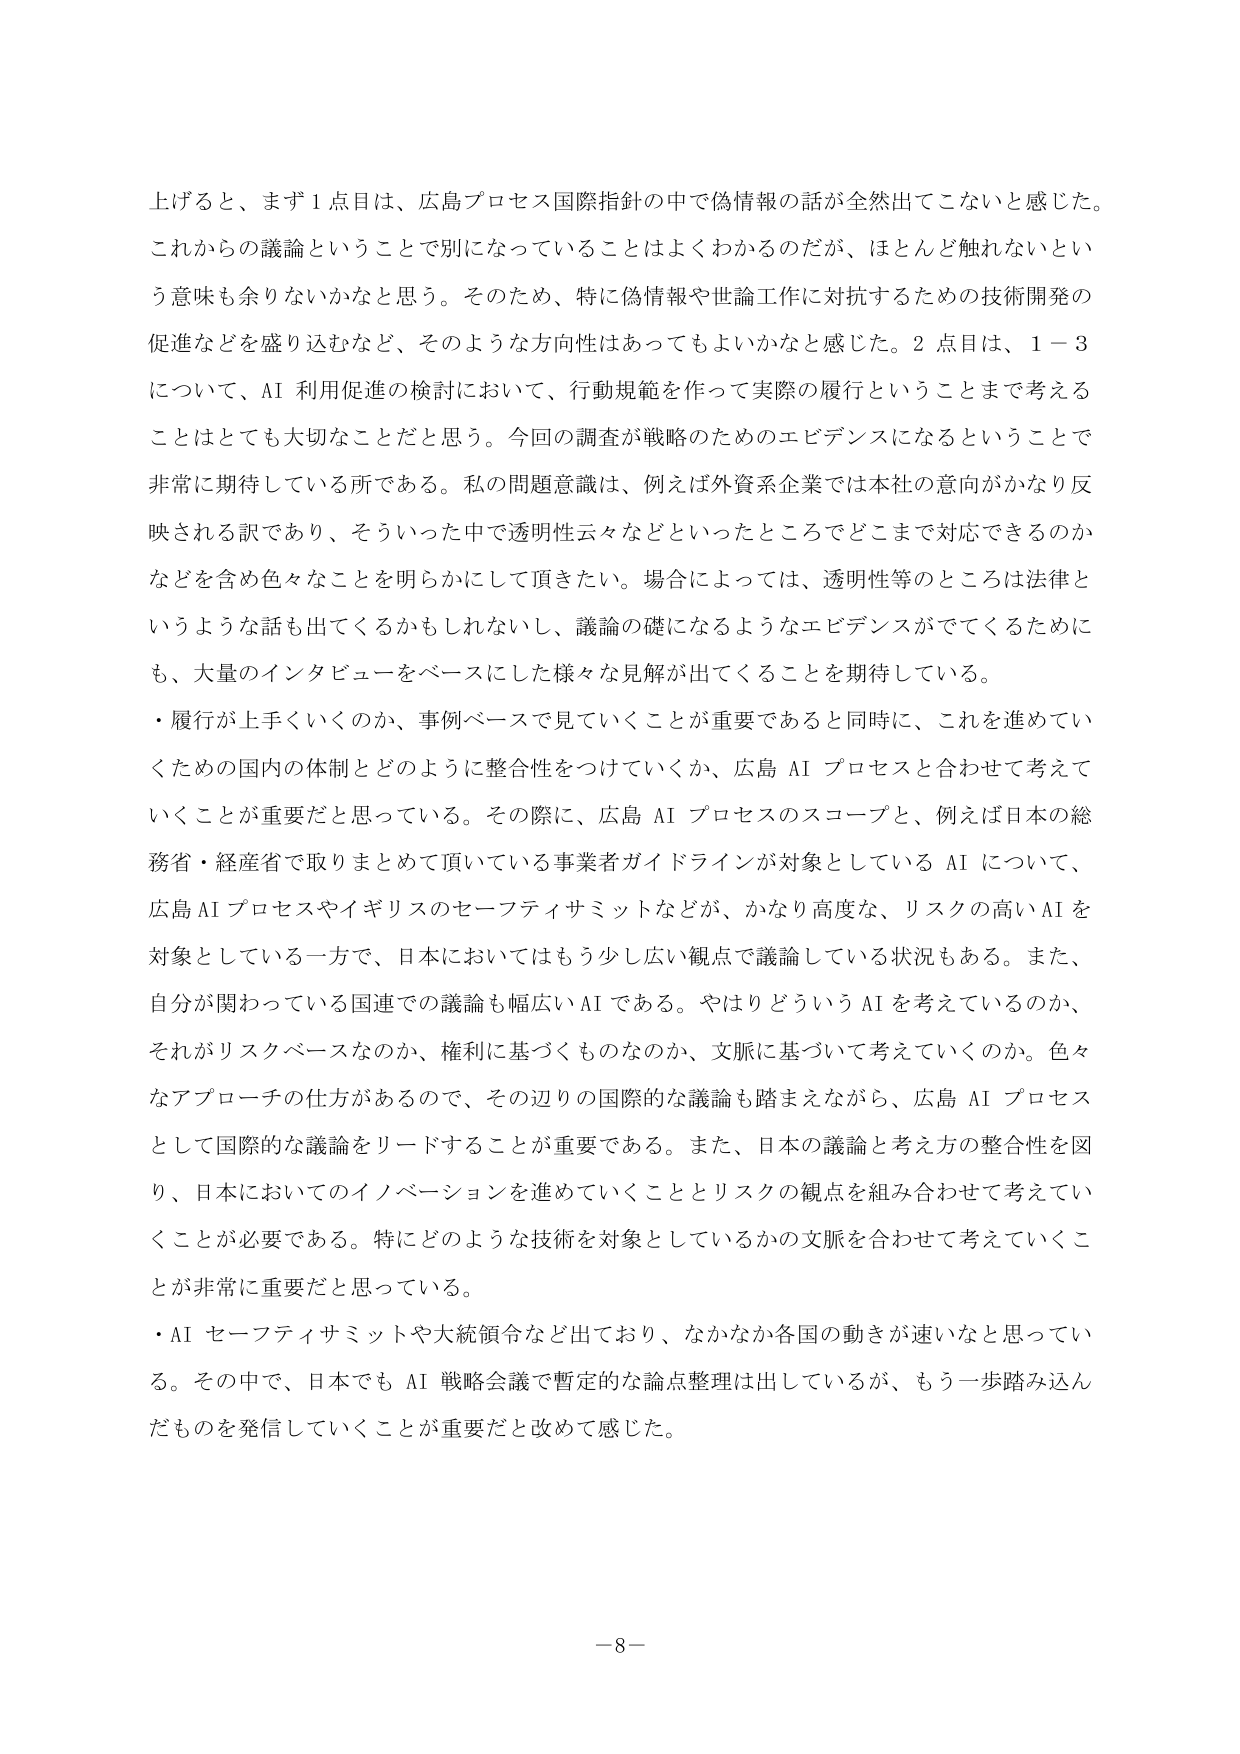
上げると、まず１点目は、広島プロセス国際指針の中で偽情報の話が全然出てこないと感じた。これからの議論ということで別になっていることはよくわかるのだが、ほとんど触れないという意味も余りないかなと思う。そのため、特に偽情報や世論工作に対抗するための技術開発の促進などを盛り込むなど、そのような方向性はあってもよいかなと感じた。２点目は、１－３について、AI利用促進の検討において、行動規範を作って実際の履行ということまで考えることはとても大切なことだと思う。今回の調査が戦略のためのエビデンスになるということで非常に期待している所である。私の問題意識は、例えば外資系企業では本社の意向がかなり反映される訳であり、そういった中で透明性云々などといったところでどこまで対応できるのかなどを含め色々なことを明らかにして頂きたい。場合によっては、透明性等のところは法律というような話も出てくるかもしれないし、議論の礎になるようなエビデンスがでてくるためにも、大量のインタビューをベースにした様々な見解が出てくることを期待している。

・履行が上手くいくのか、事例ベースで見ていくことが重要であると同時に、これを進めていくための国内の体制とどのように整合性をつけていくか、広島AIプロセスと合わせて考えていくことが重要だと思っている。その際に、広島AIプロセスのスコープと、例えば日本の総務省・経産省で取りまとめて頂いている事業者ガイドラインが対象としているAIについて、広島AIプロセスやイギリスのセーフティサミットなどが、かなり高度な、リスクの高いAIを対象としている一方で、日本においてはもう少し広い観点で議論している状況もある。また、自分が関わっている国連での議論も幅広いAIである。やはりどういうAIを考えているのか、それがリスクベースなのか、権利に基づくものなのか、文脈に基づいて考えていくのか。色々なアプローチの仕方があるので、その辺りの国際的な議論も踏まえながら、広島AIプロセスとして国際的な議論をリードすることが重要である。また、日本の議論と考え方の整合性を図り、日本においてのイノベーションを進めていくこととリスクの観点を組み合わせて考えていくことが必要である。特にどのような技術を対象としているかの文脈を合わせて考えていくことが非常に重要だと思っている。

・AIセーフティサミットや大統領令など出ており、なかなか各国の動きが速いなと思っている。その中で、日本でもAI戦略会議で暫定的な論点整理は出しているが、もう一歩踏み込んだものを発信していくことが重要だと改めて感じた。

－8－